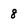
Character: 8